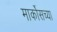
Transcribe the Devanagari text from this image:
मार्कोसच्या